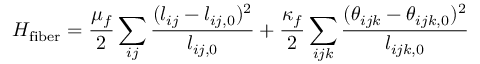
H _ { \mathrm { f i b e r } } = \frac { \mu _ { f } } { 2 } \sum _ { i j } \frac { ( l _ { i j } - l _ { i j , 0 } ) ^ { 2 } } { l _ { i j , 0 } } + \frac { \kappa _ { f } } { 2 } \sum _ { i j k } \frac { ( \theta _ { i j k } - \theta _ { i j k , 0 } ) ^ { 2 } } { l _ { i j k , 0 } }